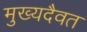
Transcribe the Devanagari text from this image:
मुख्यदैवत